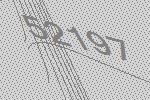
52197